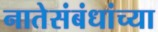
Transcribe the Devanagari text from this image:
नातेसंबंधांच्या